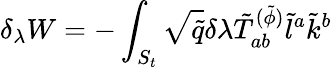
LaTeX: \delta_{\lambda}W=-\int_{S_{t}}\sqrt{\tilde{q}}\delta\lambda\tilde{T}_{ab}^{(\tilde{\phi})}\tilde{l}^{a}\tilde{k}^{b}